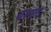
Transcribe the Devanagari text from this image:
बावद